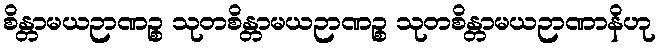
စိန္တာမယဉာဏဉ္စ သုတစိန္တာမယဉာဏဉ္စ သုတစိန္တာမယဉာဏာနိဟု